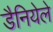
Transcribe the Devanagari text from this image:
डैनियेले